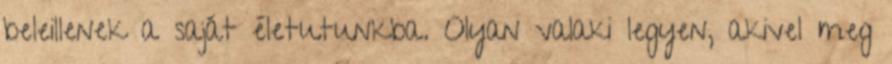
beleillenek a saját életutunkba. Olyan valaki legyen, akivel meg